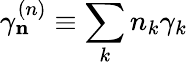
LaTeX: \gamma_{\mathbf n}^{(n)}\equiv\sum_{k}n_{k}\gamma_{k}